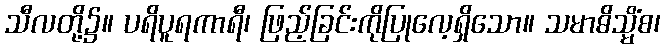
သီလတို့၌။ ပရိပူရကာရီ၊ ဖြည့်ခြင်းကိုပြုလေ့ရှိသော။ သမာဓိသ္မိံစ၊